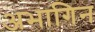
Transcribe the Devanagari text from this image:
अभागिन